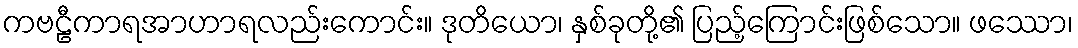
ကဗဠီကာရအာဟာရလည်းကောင်း။ ဒုတိယော၊ နှစ်ခုတို့၏ ပြည့်ကြောင်းဖြစ်သော။ ဖဿော၊